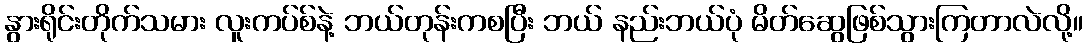
နွားရိုင်းတိုက်သမား လူးကပ်စ်နဲ့ ဘယ်တုန်းကစပြီး ဘယ် နည်းဘယ်ပုံ မိတ်ဆွေဖြစ်သွားကြတာလဲလို့။